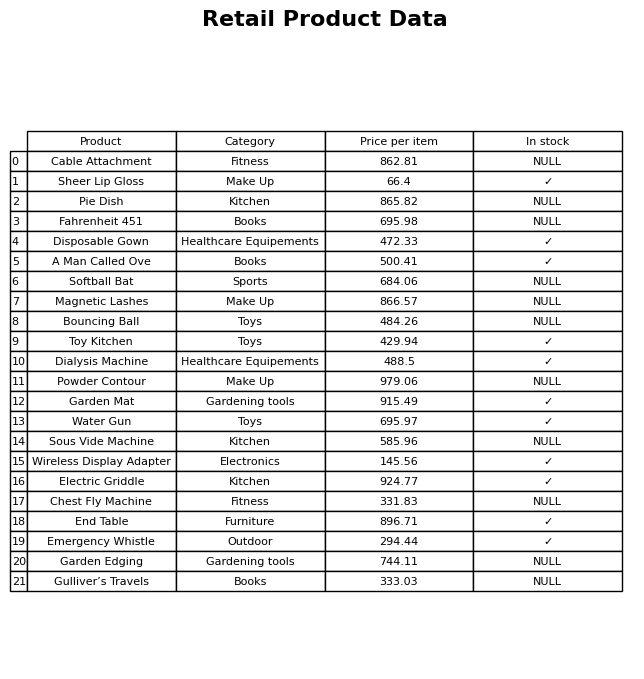
question: What is the price of the Cable Attachment?
answer: The price of Cable Attachment is 862.81.